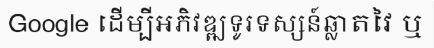
Google ដើម្បីអភិវឌ្ឍទូរទស្សន៍ឆ្លាតវៃ ឬ